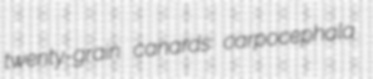
twenty-grain canards carpocephala